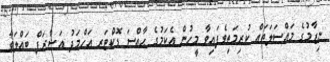
ނިޒާމުގެ މައްސަލަތައް ކުރިމަތިވެފައިވާ މީހުން އެކަމުގެ ޙާއްސަ ޑޮކްޓަރ އަހްމަދު އަޝްރަފް ބައްލަވާ